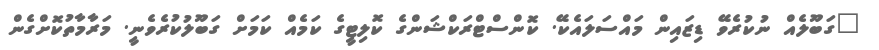
"ގަބޫލެއް ނުކުރެވޭ ޑިޒައިން މައްސަލައެކޭ. ކޮންސްޓްރަކްޝަންގެ ކޮލިޓީގެ ކަމެއް ކަމަށް ގަބޫލުކުރެވެނީ. މަރާމާތުކޮށްގެން